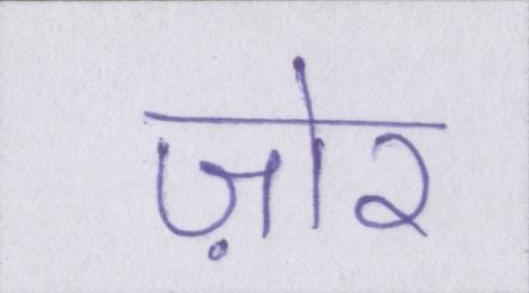
ज़ोर